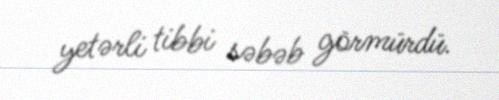
yetərli tibbi səbəb görmürdü.